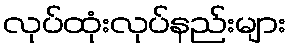
လုပ်ထုံးလုပ်နည်းများ